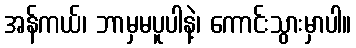
အန်ကယ်၊ ဘာမှမပူပါနဲ့၊ ကောင်းသွားမှာပါ။